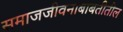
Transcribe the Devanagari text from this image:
समाजजीवनाबाबतीतील